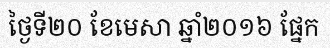
ថ្ងៃទី២០ ខែមេសា ឆ្នាំ២០១៦ ផ្នែក